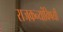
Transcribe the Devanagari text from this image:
राजकन्यांविषयी